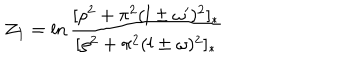
LaTeX: { \cal Z } _ { 1 } = \ln \frac { [ \rho ^ { 2 } + \pi ^ { 2 } ( l \pm \omega ^ { \prime } ) ^ { 2 } ] _ { * } } { [ \rho ^ { 2 } + \pi ^ { 2 } ( l \pm \omega ) ^ { 2 } ] _ { * } }